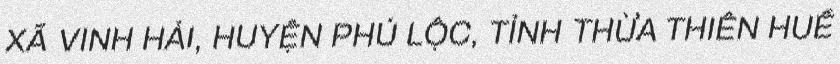
XÃ VINH HẢI, HUYỆN PHÚ LỘC, TỈNH THỪA THIÊN HUẾ